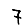
Digit: 7